Annual report of the Civil Veterinary Department, Bengal, and of the Bengal Veterinary College for the year 1905-1906 - 1905-1906
Year: 1905
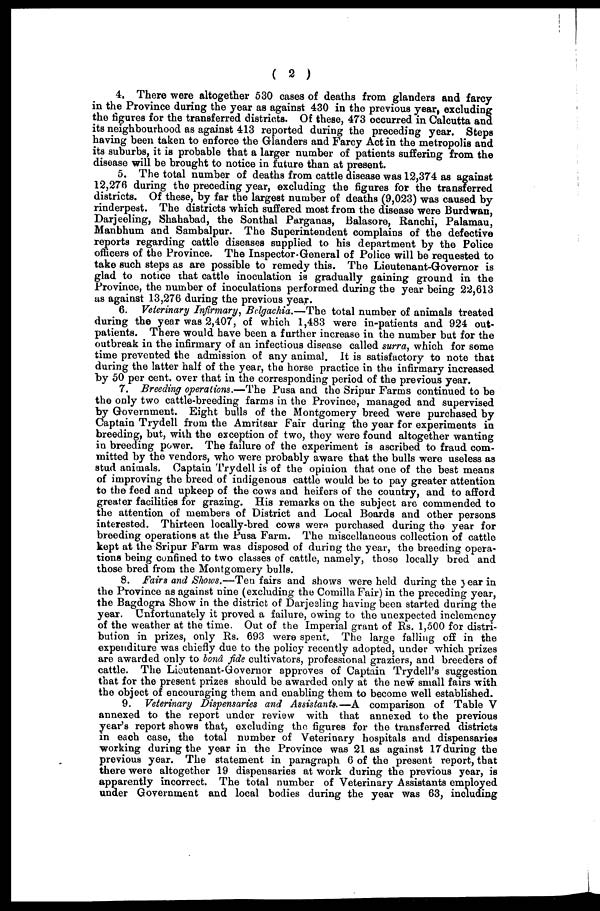
(2)
4. There were altogether 530 cases of deaths from glanders and farcy
in the Province during the year as against 430 in the previous year, excluding
the figures for the transferred districts. Of these, 473 occurred in Calcutta and
its neighbourhood as against 413 reported during the preceding year. Steps
having been taken to enforce the Glanders and Farcy Act in the metropolis and
its suburbs, it is probable that a larger number of patients suffering from the
disease will be brought to notice in future than at present.
5. The total number of deaths from cattle disease was 12,374 as against
12,276 during the preceding year, excluding the figures for the transferred
districts. Of these, by far the largest number of deaths (9,023) was caused by
rinderpest. The districts which suffered most from the disease were Burdwan,
Darjeeling, Shahabad, the Sonthal Parganas, Balasore, Ranchi, Palamau,
Manbhum and Sambalpur. The Superintendent complains of the defective
reports regarding cattle diseases supplied to his department by the Police
officers of the Province. The Inspector-General of Police will be requested to
take such steps as are possible to remedy this. The Lieutenant-Governor is
glad to notice that cattle inoculation is gradually gaining ground in the
Province, the number of inoculations performed during the year being 22,613
as against 13,276 during the previous year.
6. Veterinary Infirmary, Belgachia.—The total number of animals treated
during the year was 2,407, of which 1,483 were in-patients and 924 out-
patients. There would have been a further increase in the number but for the
outbreak in the infirmary of an infectious disease called surra, which for some
time prevented the admission of any animal. It is satisfactory to note that
during the latter half of the year, the horse practice in the infirmary increased
by 50 per cent. over that in the corresponding period of the previous year.
7. Breeding operations.—The Pusa and the Sripur Farms continued to be
the only two cattle-breeding farms in the Province, managed and supervised
by Government. Eight bulls of the Montgomery breed were purchased by
Captain Trydell from the Amritsar Fair during the year for experiments in
breeding, but, with the exception of two, they were found altogether wanting
in breeding power. The failure of the experiment is ascribed to fraud com-
mitted by the vendors, who were probably aware that the bulls were useless as
stud animals. Captain Trydell is of the opinion that one of the best means
of improving the breed of indigenous cattle would be to pay greater attention
to the feed and upkeep of the cows and heifers of the country, and to afford
greater facilities for grazing. His remarks on the subject ar6 commended to
the attention of members of District and Local Boards and other persons
interested. Thirteen locally-bred cows were purchased during the year for
breeding operations at the Pusa Farm. The miscellaneous collection of cattle
kept at the Sripur Farm was disposed of during the year, the breeding opera-
tions being confined to two classes of cattle, namely, those locally bred and
those bred from the Montgomery bulls.
8. Fairs and Shows.—Ten fairs and shows were held during the year in
the Province as against nine (excluding the Comilla Fair) in the preceding year,
the Bagdogra Show in the district of Darjesling having been started during the
year. Unfortunately it proved a failure, owing to the unexpected inclemency
of the weather at the time. Out of the Imperial grant of Rs. 1,500 for distri-
bution in prizes, only Rs. 693 were spent. The large falling off in the
expenditure was chiefly due to the policy recently adopted, under which prizes
are awarded only to bond fide cultivators, professional graziers, and breeders of
cattle. The Lieutenant-Governor approves of Captain Trydell's suggestion
that for the present prizes should be awarded only at the new small fairs with
the object of encouraging them and enabling them to become well established.
9. Veterinary Dispensaries and Assistants.—A comparison of Table V
annexed to the report under review with that annexed to the previous
year's report shows that, excluding the figures for the transferred districts
in each case, the total number of Veterinary hospitals and dispensaries
working during the year in the Province was 21 as against 17 during the
previous year. The statement in paragraph 6 of the present report, that
there were altogether 19 dispensaries at work during the previous year, is
apparently incorrect. The total number of Veterinary Assistants employed
under Government and local bodies during the year was 63, including